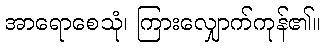
အာရောစေသုံ၊ ကြားလျှောက်ကုန်၏။